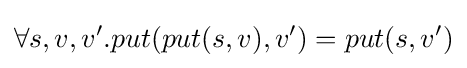
\forall s,v,v'.put(put(s,v),v')=put(s,v')